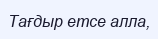
Тағдыр етсе алла,